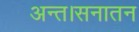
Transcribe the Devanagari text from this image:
अन्त।सनातन